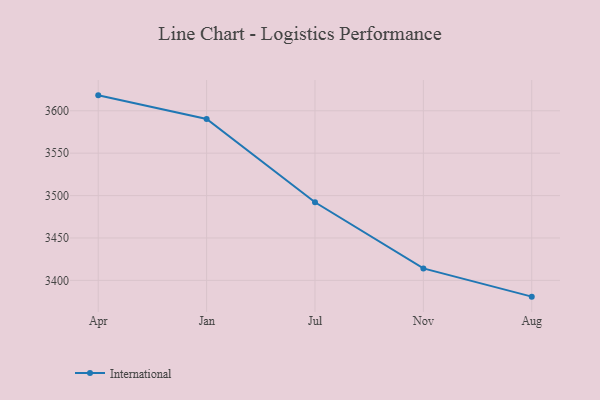
{"axis": {"x": "Month", "y": "Revenue (USD Million)"}, "legend": ["International"], "data": [{"x": "Apr", "y": 3618.2, "type": "International"}, {"x": "Jan", "y": 3590.4, "type": "International"}, {"x": "Jul", "y": 3492.1, "type": "International"}, {"x": "Nov", "y": 3414.1, "type": "International"}, {"x": "Aug", "y": 3380.8, "type": "International"}]}